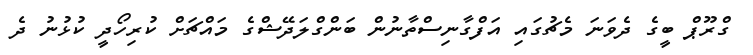
ގްރޫޕް ބީގެ ދެވަނަ މެޗުގައި އަފްގާނިސްތާނުން ބަންގްލަދޭޝްގެ މައްޗަށް ކުރިހޯދީ ކުޅުނު ދެ